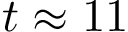
t \approx 1 1